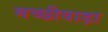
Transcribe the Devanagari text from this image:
मच्छीवाड़ा